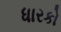
ધારકો